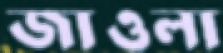
জাওলা